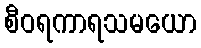
စီဝရကာရသမယော